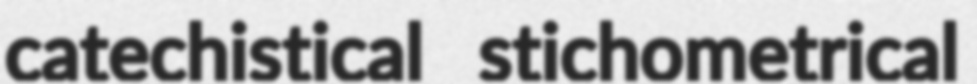
catechistical stichometrical